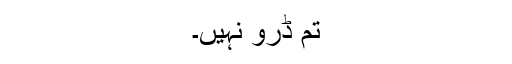
تم ڈرو نہیں۔